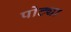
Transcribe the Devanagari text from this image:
पोट्या